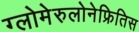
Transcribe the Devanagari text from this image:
ग्लोमेरुलोनेफ्रितिस